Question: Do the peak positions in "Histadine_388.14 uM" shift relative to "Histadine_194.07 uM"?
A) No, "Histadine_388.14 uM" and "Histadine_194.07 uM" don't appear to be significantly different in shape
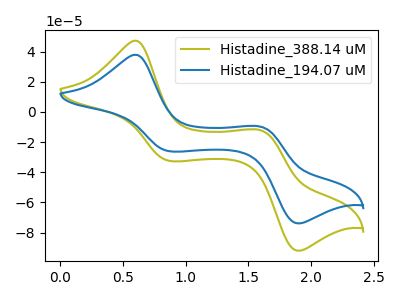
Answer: <think>The olive curve "Histadine_388.14 uM" has anodic peaks at (0.60V, 47.30uA) (1.60V, -12.15uA) and cathodic peaks at (0.85V, -32.50uA) (1.90V, -92.10uA). The blue curve "Histadine_194.07 uM" has anodic peaks at (0.60V, 37.95uA) (1.60V, -9.75uA) and cathodic peaks at (0.85V, -26.10uA) (1.90V, -73.95uA).
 All the peaks in "Histadine_388.14 uM" have a peak in "Histadine_194.07 uM" at the same potential.</think>
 <answer>A) No, "Histadine_388.14 uM" and "Histadine_194.07 uM" don't appear to be significantly different in shape</answer>
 <eval>A</eval>